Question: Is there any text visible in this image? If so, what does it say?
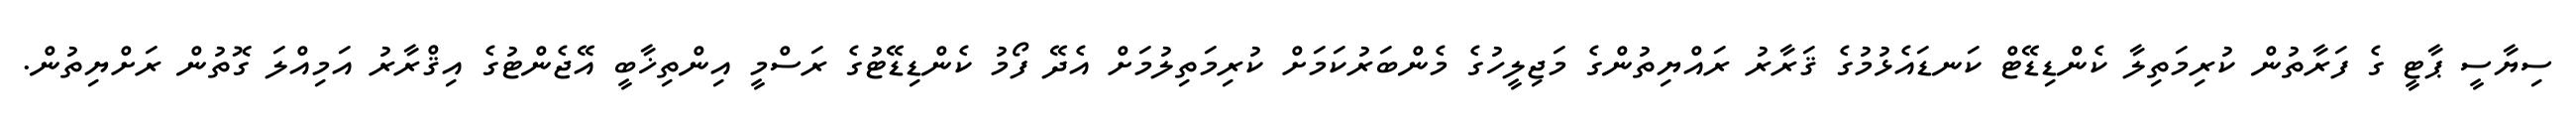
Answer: ސިޔާސީ ޕާޓީ ގެ ފަރާތުން ކުރިމަތިލާ ކެންޑިޑޭޓް ކަނޑައެޅުމުގެ ޤަރާރު ރައްޔިތުންގެ މަޖިލީހުގެ މެންބަރުކަމަށް ކުރިމަތިލުމަށް އެދޭ ފޯމު ކެންޑިޑޭޓުގެ ރަސްމީ އިންތިޚާބީ އޭޖެންޓުގެ އިޤްރާރު އަމިއްލަ ގޮތުން ރަށްޔިތުން.